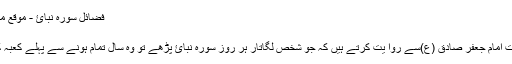
فضائل سورہ نبائ - موقع مركز سيد الشهداء ع
فضائل سورہ نبائ
شیخ صدوق حضرت امام جعفر صادق (ع)سے روا یت کرتے ہیں کہ جو شخص لگاتار ہر روز سورہ نبائ پڑھے تو وہ سال تمام ہونے سے پہلے کعبہ کی زیارت کریگا ۔